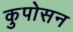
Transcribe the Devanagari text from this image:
कुपोसन